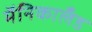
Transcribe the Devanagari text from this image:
मॅनिकालँड